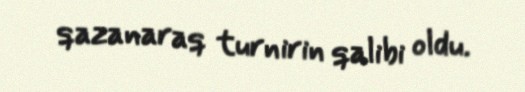
qazanaraq turnirin qalibi oldu.